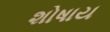
શોષાય